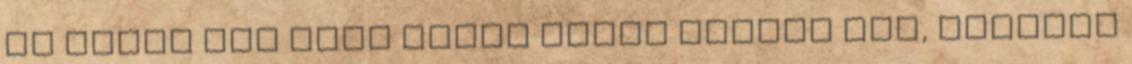
ég alatt Sok szép leány várja Húsvét van, odakinn